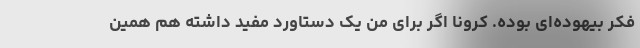
فکر بیهوده‌ای بوده. کرونا اگر برای من یک دستاورد مفید داشته هم همین